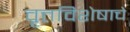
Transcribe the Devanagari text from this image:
वृत्तविशेषाचे